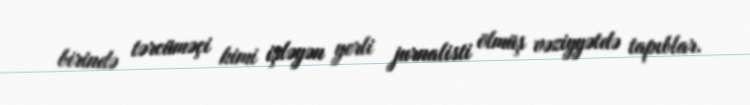
birində tərcüməçi kimi işləyən yerli jurnalisti ölmüş vəziyyətdə tapıblar.